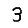
Digit: 3